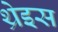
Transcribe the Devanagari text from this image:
थ्रेइस